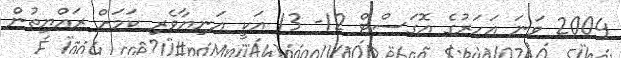
2004 ވަނަ އަހަރުގެ އޮގަސްޓް 12- 13 އަކީ އަނިޔާވެރި ކަމަށް ރައްޔިތުން